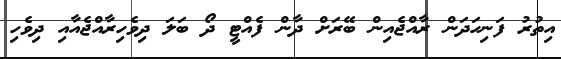
އިތުރު ފަނިހަދަން ރާއްޖެއިން ބޭރަށް ދާން ފެއްޓީ ދޯ ބަލަ ދިވެހިރާއްޖެއާއި ދިވެހި